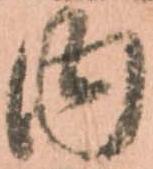
内